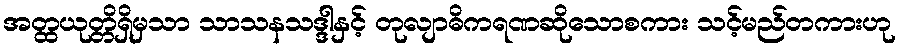
အတ္ထယုတ္တိရှိမှသာ သာသနသဒ္ဒါနှင့် တုလျာဓိကရဏဆိုသောစကား သင့်မည်တကားဟု